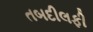
તબદીલફી